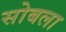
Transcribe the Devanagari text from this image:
सोबला